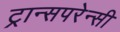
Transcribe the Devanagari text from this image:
ट्रान्सपरेन्सी